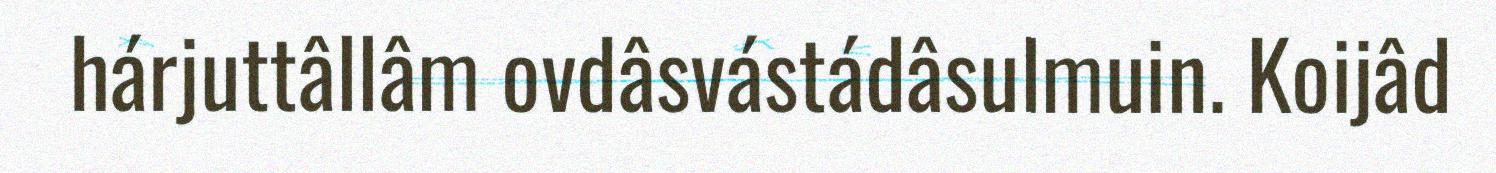
hárjuttâllâm ovdâsvástádâsulmuin. Koijâd